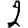
Digit: 2